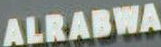
ALRABWA